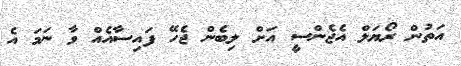
އަތުން ރޯޔަލް އެޖެންސީ އަށް ލިބެން ޖެހޭ ފައިސާއެއް ވާ ނަމަ އެ